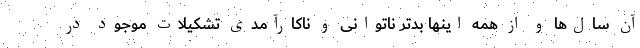
آن سال‌ها و از همه اینها بدتر ناتوانی و ناکارآمدی تشکیلات موجود در